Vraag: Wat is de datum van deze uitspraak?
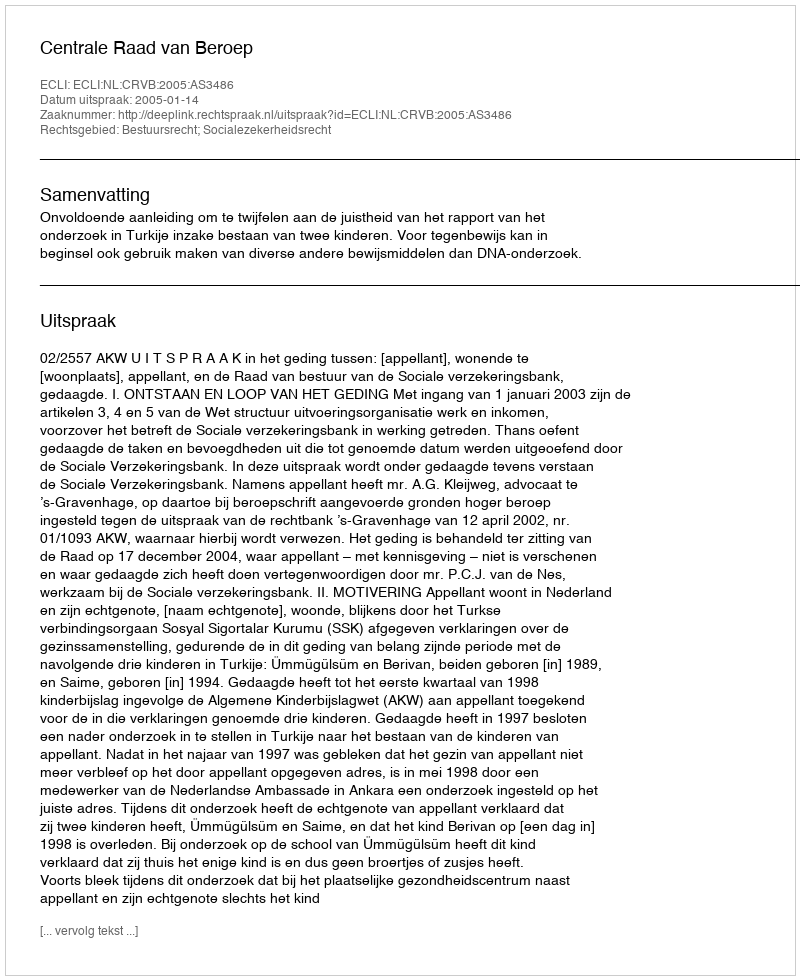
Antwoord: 2005-01-14